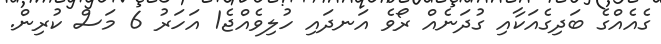
ގެއެއްގެ ބަދިގެއަކާއި ގުދަނެއް ރޯވެ އަނދައި ހުލިވެއްޖެ1 އަހަރު 6 މަސް ކުރިން.